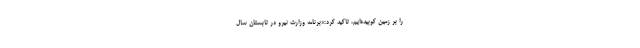
را بر زمین کوبیده‌ایم، تاکید کرد:«برنامه وزارت نیرو در تابستان سال